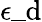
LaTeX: \epsilon\_ \mathrm{d}